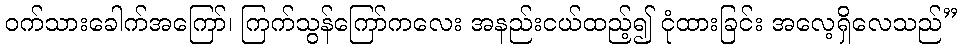
ဝက်သားခေါက်အကြော်၊ ကြက်သွန်ကြော်ကလေး အနည်းငယ်ထည့်၍ ငုံထားခြင်း အလေ့ရှိလေသည်”